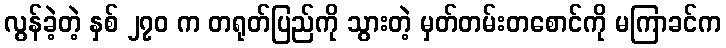
လွန်ခဲ့တဲ့ နှစ် ၂၇၀ က တရုတ်ပြည်ကို သွားတဲ့ မှတ်တမ်းတစောင်ကို မကြာခင်က